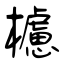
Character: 櫖